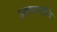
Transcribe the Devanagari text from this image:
आगजनि